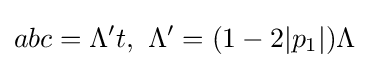
abc=\Lambda 't,\ \Lambda '=(1-2|p_{1}|)\Lambda